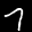
Label: 7